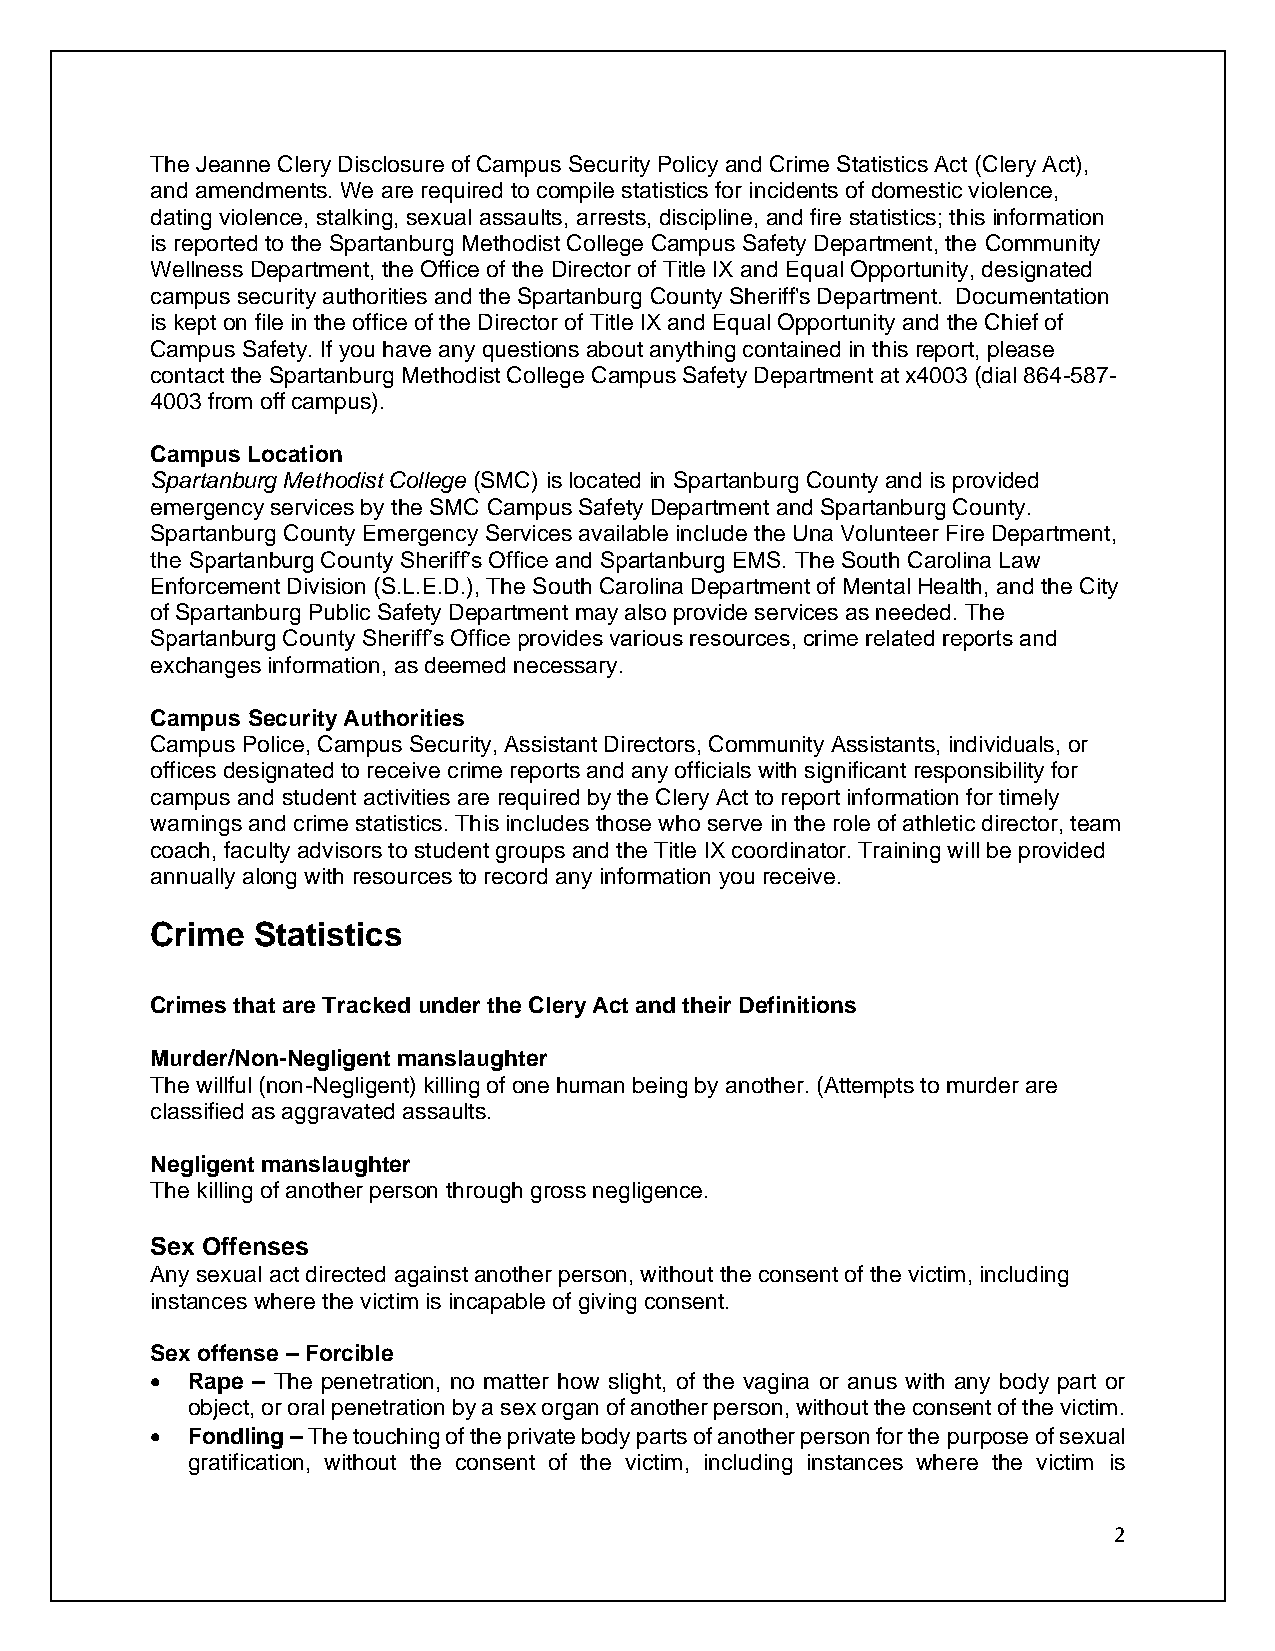
The Jeanne Clery Disclosure of Campus Security Policy and Crime Statistics Act (Clery Act),
 and amendments. We are required to compile statistics for incidents of domestic violence,
 dating violence, stalking, sexual assaults, arrests, discipline, and fire statistics; this information
 is reported to the Spartanburg Methodist College Campus Safety Department, the Community
 Wellness Department, the Office of the Director of Title IX and Equal Opportunity, designated
 campus security authorities and the Spartanburg County Sheriff's Department. Documentation
 is kept on file in the office of the Director of Title IX and Equal Opportunity and the Chief of
 Campus Safety. If you have any questions about anything contained in this report, please
 contact the Spartanburg Methodist College Campus Safety Department at x4003 (dial 864-587-
 4003 from off campus).
 Campus Location
 Spartanburg Methodist College (SMC) is located in Spartanburg County and is provided
 emergency services by the SMC Campus Safety Department and Spartanburg County.
 Spartanburg County Emergency Services available include the Una Volunteer Fire Department,
 the Spartanburg County Sheriff’s Office and Spartanburg EMS. The South Carolina Law
 Enforcement Division (S.L.E.D.), The South Carolina Department of Mental Health, and the City
 of Spartanburg Public Safety Department may also provide services as needed. The
 Spartanburg County Sheriff’s Office provides various resources, crime related reports and
 exchanges information, as deemed necessary.
 Campus Security Authorities
 Campus Police, Campus Security, Assistant Directors, Community Assistants, individuals, or
 offices designated to receive crime reports and any officials with significant responsibility for
 campus and student activities are required by the Clery Act to report information for timely
 warnings and crime statistics. This includes those who serve in the role of athletic director, team
 coach, faculty advisors to student groups and the Title IX coordinator. Training will be provided
 annually along with resources to record any information you receive.
 Crime  Statistics
 Crimes that are Tracked under the Clery Act and their Definitions
 Murder/Non-Negligent manslaughter
 The willful (non-Negligent) killing of one human being by another. (Attempts to murder are
 classified as aggravated assaults.
 Negligent manslaughter
 The killing of another person through gross negligence.
 Sex Offenses
 Any sexual act directed against another person, without the consent of the victim, including
 instances where the victim is incapable of giving consent.
 Sex offense – Forcible
 • Rape – The penetration, no matter how slight, of the vagina or anus with any body part or
 object, or oral penetration by a sex organ of another person, without the consent of the victim.
 • Fondling – The touching of the private body parts of another person for the purpose of sexual
 gratification, without the consent of the victim, including instances where the victim is
 2